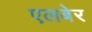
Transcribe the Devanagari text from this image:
एलबेर